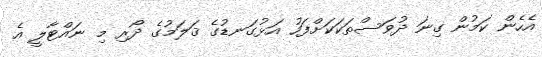
އެހެން ކަމުން ގިނަ ދުވަސްތަކަކަށްފަހު އަޅުގަނޑުގެ ޤަލަމުގެ ދޯރި މި ނައްޓާލީ އެ